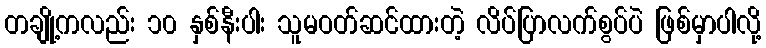
တချို့ကလည်း ၁၀ နှစ်နီးပါး သူမဝတ်ဆင်ထားတဲ့ လိပ်ပြာလက်စွပ်ပဲ ဖြစ်မှာပါလို့